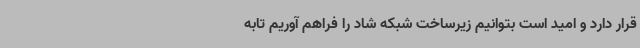
قرار دارد و امید است بتوانیم زیرساخت شبکه شاد را فراهم آوریم تابه